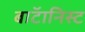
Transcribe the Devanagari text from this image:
बाॅटानिस्ट